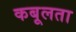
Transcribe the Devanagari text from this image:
कबूलता